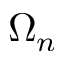
\Omega _ { n }